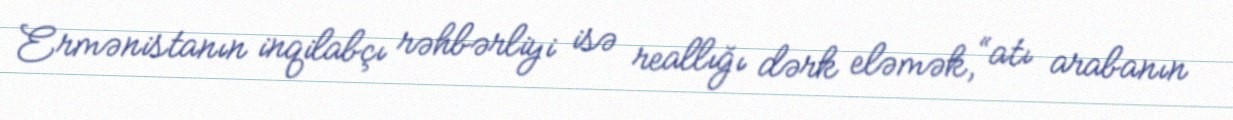
Ermənistanın inqilabçı rəhbərliyi isə reallığı dərk eləmək, “atı arabanın